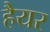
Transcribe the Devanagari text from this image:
हैयर